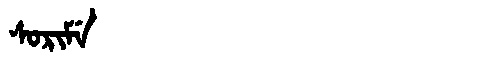
Manchu: ᠰᠣᡵᡳᠮᡝ
Romanization: SORIME